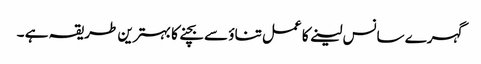
گہرے سانس لینے کا عمل تناؤ سے بچنے کا بہترین طریقہ ہے ۔